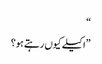
“
”اکیلے کیوں رہتے ہو؟